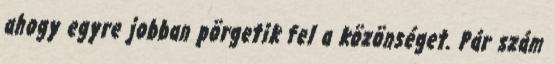
ahogy egyre jobban pörgetik fel a közönséget. Pár szám